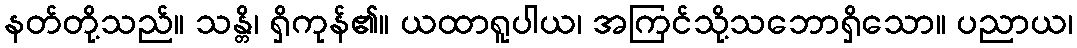
နတ်တို့သည်။ သန္တိ၊ ရှိကုန်၏။ ယထာရူပါယ၊ အကြင်သို့သဘောရှိသော။ ပညာယ၊